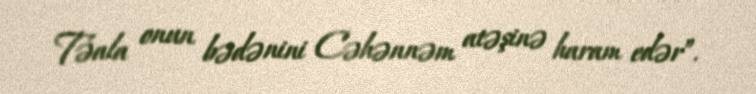
Təala onun bədənini Cəhənnəm atəşinə haram edər”.